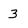
Character: 3